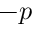
- p